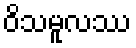
ဝိသမူလဿ